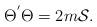
LaTeX: \begin{align*}\Theta^{'} \Theta = 2m {\cal{S}}.\end{align*}